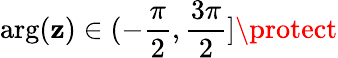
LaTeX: \arg(\mathbf{z})\in(-\frac{{\pi}}{{2}},\frac{{3\pi}}{{2}}]\protect